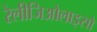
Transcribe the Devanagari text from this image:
रेलीजिओलाइसो